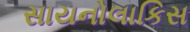
સાયનોલાકિસ